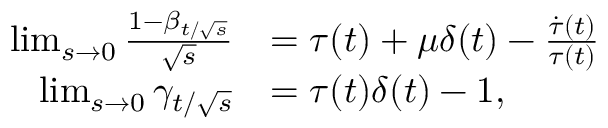
\begin{array} { r l } { \operatorname* { l i m } _ { s \rightarrow 0 } \frac { 1 - \beta _ { t / \sqrt { s } } } { \sqrt { s } } } & { = \tau ( t ) + \mu \delta ( t ) - \frac { \dot { \tau } ( t ) } { \tau ( t ) } } \\ { \operatorname* { l i m } _ { s \rightarrow 0 } \gamma _ { t / \sqrt { s } } } & { = \tau ( t ) \delta ( t ) - 1 , } \end{array}